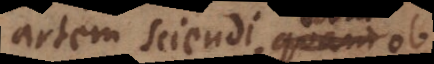
artem sciendi, eam ob